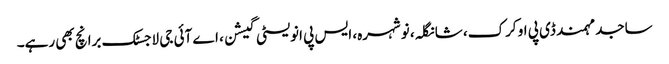
ساجد مہمند ڈی پی او کرک، شانگلہ، نوشہرہ، ایس پی انویسٹی گیشن، اے آئی جی لاجسٹک برانچ بھی رہے۔